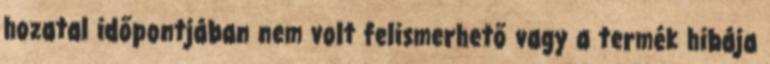
hozatal időpontjában nem volt felismerhető vagy a termék hibája